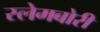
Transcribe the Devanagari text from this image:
स्‍लेमबोरी